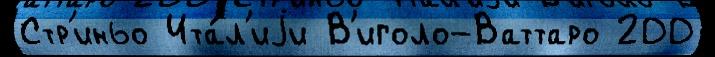
Стр'иньо Ита́л'иjи В'иголо-Ваттаро 200